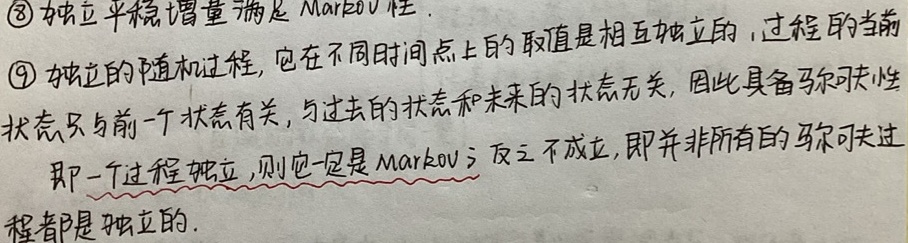
\textcircled{8} 独立平稳增量满足 Markov 性.
\textcircled{9} 独立的随机过程，它在不同时间点上的取值是相互独立的，过程的当前状态只与前一个状态有关，与过去的状态和未来的状态无关，因此具备马尔可夫性.即一个过程独立，则它一定是 Markov；反之不成立，即并非所有的马尔可夫过程都是独立的.